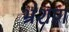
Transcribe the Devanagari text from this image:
भ्रंशण